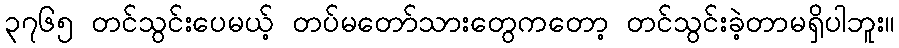
၃၇၆၅ တင်သွင်းပေမယ့် တပ်မတော်သားတွေကတော့ တင်သွင်းခဲ့တာမရှိပါဘူး။